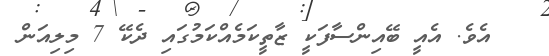
އެވެ. އެއީ ބޭއިންސާފަކީ ޒާތީކަމެއްކަމުގައި ދެކޭ 7 މިލިއަން